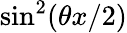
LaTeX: \sin^{2}(\theta x/2)